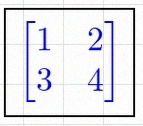
\begin{bmatrix}1&2\\3&4\end{bmatrix}